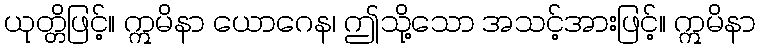
ယုတ္တိဖြင့်။ ဣမိနာ ယောဂေန၊ ဤသို့သော အသင့်အားဖြင့်။ ဣမိနာ